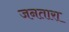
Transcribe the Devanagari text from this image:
जनतारा